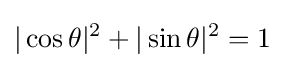
|\cos \theta |^{2}+|\sin \theta |^{2}=1